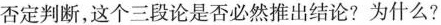
否定判断，这个三段论是否必然推出结论?为什么?